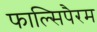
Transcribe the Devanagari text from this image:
फाल्सिपैरम